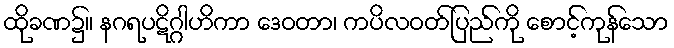
ထိုခဏ၌။ နဂရပဋိဂ္ဂါဟိကာ ဒေဝတာ၊ ကပိလဝတ်ပြည်ကို စောင့်ကုန်သော